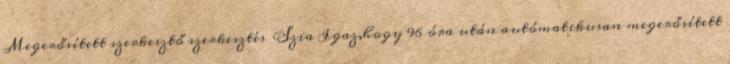
Megerősített szerkesztő szerkesztés Szia Igaz,hogy 96 óra után autómatikusan megerősített